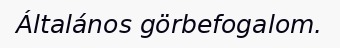
Általános görbefogalom.